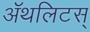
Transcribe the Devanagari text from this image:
ॲथलिटस्